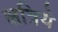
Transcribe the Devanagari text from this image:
क्षत्रिये